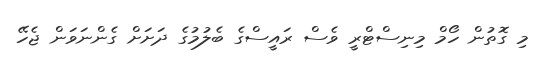
މި ގޮތުން ހޯމް މިނިސްޓްރީ ވެސް ރައީސްގެ ބެލުމުގެ ދަށަށް ގެންނަވަން ޖެހޭ